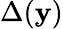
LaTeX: \Delta(\mathbf{y})